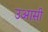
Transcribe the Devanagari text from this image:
उआसी